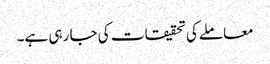
معاملےکی تحقیقات کی جا رہی ہے۔